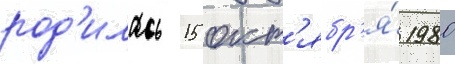
род'илась 15 окт'ябр'я́ 1980